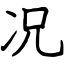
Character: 况